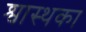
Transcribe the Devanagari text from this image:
श्वास्थका